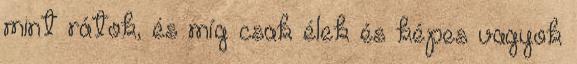
mint rátok, és míg csak élek és képes vagyok